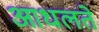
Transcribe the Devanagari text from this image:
आधलते